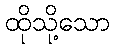
ထိုသို့သော